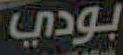
بودي